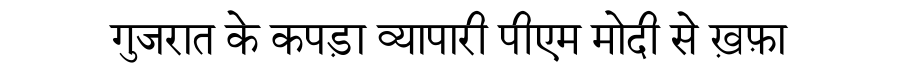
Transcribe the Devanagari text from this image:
गुजरात के कपड़ा व्यापारी पीएम मोदी से ख़फ़ा